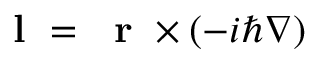
\mathrm { ~ \bf ~ l ~ } = \mathrm { ~ \bf ~ r ~ } \times ( - i \hbar \nabla )